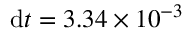
\mathrm { d } t = 3 . 3 4 \times 1 0 ^ { - 3 }